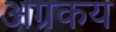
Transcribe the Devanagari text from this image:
अग्रकय